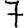
Digit: 7